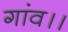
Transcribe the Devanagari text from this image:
गांव।।